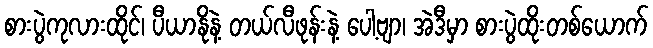
စားပွဲကုလားထိုင်၊ ပီယာနိုနဲ့ တယ်လီဖုန်းနဲ့ ပေါ့ဗျာ၊ အဲဒီမှာ စားပွဲထိုးတစ်ယောက်